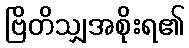
ဗြိတိသျှအစိုးရ၏